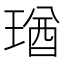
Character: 㻥